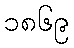
၁၈၆၉